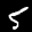
Label: 5